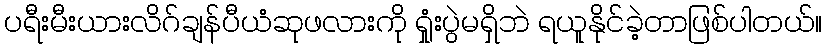
ပရီးမီးယားလိဂ်ချန်ပီယံဆုဖလားကို ရှုံးပွဲမရှိဘဲ ရယူနိုင်ခဲ့တာဖြစ်ပါတယ်။